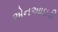
એનઆઇડી